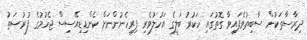
ދިރާސާތަކުން ސާބިތުވެފައިވާ ގޮތުގައި ހަކުރު ބަލީގެ އަހުލުވެރި ފިރިހެނުންނަށް ކެންޑިޑިއޭސިސް ޖެހުމުގެ ފުރުޞަތު